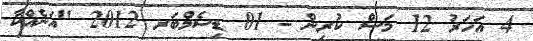
4 އަހަރު 12 މަސް ކުރިން - 01 ޑިސެމްބަރ 2012 "އަނެއްކާ